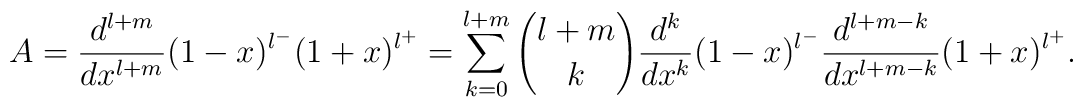
A = \frac{d^{l+m}}{dx^{l+m}} (1-x)^{l^-} (1+x)^{l^+} =    \sum_{k=0}^{l+m} {l+m \choose k}    \frac{d^k}{dx^k} (1-x)^{l^-} \frac{d^{l+m-k}}{dx^{l+m-k}} (1+x)^{l^+}.